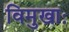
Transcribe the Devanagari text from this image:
विमुखाः